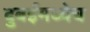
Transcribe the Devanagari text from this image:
दुबईमध्येच